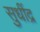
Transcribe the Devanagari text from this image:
सुधींद्र